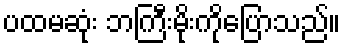
ပထမဆုံး ဘကြီးမိုးကိုပြောသည်။